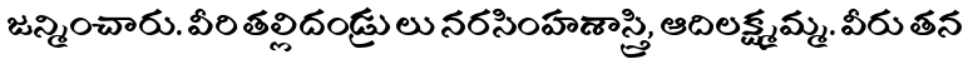
జన్మించారు. వీరి తల్లిదండ్రులు నరసింహశాస్త్రి, ఆదిలక్ష్మమ్మ. వీరు తన